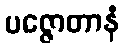
ပဇ္ဇောတာနံ